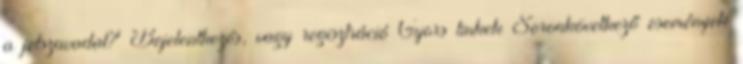
a jelszavadat? Bejelentkezés, vagy regisztráció Gyors linkek Soronkövetkező események